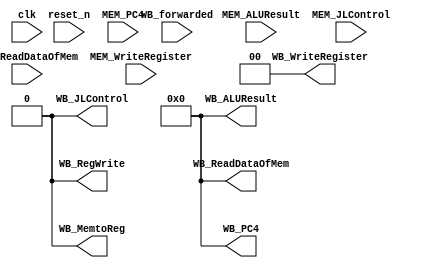
module MEMWB_Register(clk, reset_n, WB_forwarded, MEM_PC4, MEM_ReadDataOfMem, MEM_ALUResult, MEM_WriteRegister, MEM_JLControl,// input
		      WB_RegWrite, WB_MemtoReg, // control output
		      WB_PC4, WB_ReadDataOfMem, WB_ALUResult, WB_WriteRegister, WB_JLControl); // data output
	input clk;
	input reset_n;
	input [1:0] WB_forwarded;
	input [15:0] MEM_PC4, MEM_ReadDataOfMem, MEM_ALUResult;
	input [1:0] MEM_WriteRegister;
	input MEM_JLControl;
	output reg WB_RegWrite;
	output reg WB_MemtoReg;
	output reg [15:0] WB_PC4, WB_ReadDataOfMem, WB_ALUResult;
	output reg [1:0] WB_WriteRegister;
	output reg WB_JLControl;

	always @(reset_n) begin
		WB_RegWrite = 1'b0;
		WB_MemtoReg = 1'b0;
		WB_PC4 = 16'h0000;
		WB_ReadDataOfMem = 16'h0000;
		WB_ALUResult = 16'h0000;
		WB_WriteRegister = 2'b00;
		WB_JLControl = 1'b0;
	end

	always @(posedge clk) begin
		WB_RegWrite = WB_forwarded[1];
		WB_MemtoReg = WB_forwarded[0];
		WB_PC4 = MEM_PC4;
		WB_ReadDataOfMem = MEM_ReadDataOfMem;
		WB_ALUResult = MEM_ALUResult;
		WB_WriteRegister = MEM_WriteRegister;
		WB_JLControl = MEM_JLControl;
	end
endmodule